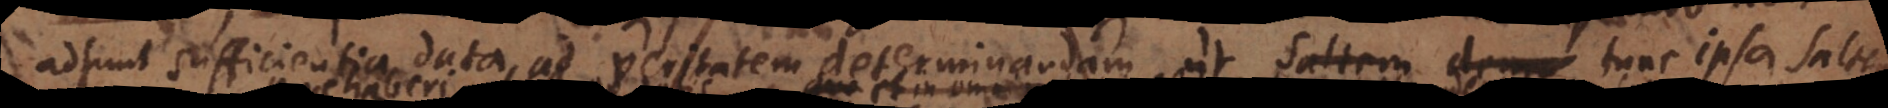
adsunt sufficientia data ad veritatem determinandam ut tunc ipsa saltem